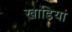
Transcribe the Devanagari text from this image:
खाडियां